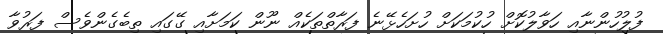
ފުލުހުންނާއި ހަވާލުކޮށް ހުކުމަކަށް ހުށަހެޅޭނެ ފަރާތްތަކެއް ނޫން ކަމަށާއި ގޭގައި ތިބެގެންވެސް ފަރުވާ